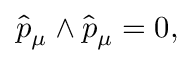
\hat { p } _ { \mu } \wedge \hat { p } _ { \mu } = 0 ,